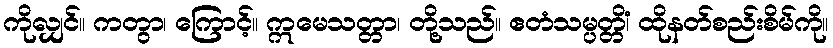
ကိုလျှင်။ ကတွာ၊ ကြောင့်။ ဣမေသတ္တာ၊ တို့သည်။ ဧတံသမ္ပတ္တိံ၊ ထိုနတ်စည်းစိမ်ကို။